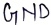
Text: GND